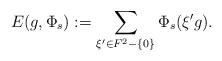
LaTeX: \begin{align*}E(g,\Phi_s):=\sum_{\xi' \in F^2-\{0\} }\Phi_s(\xi' g).\end{align*}